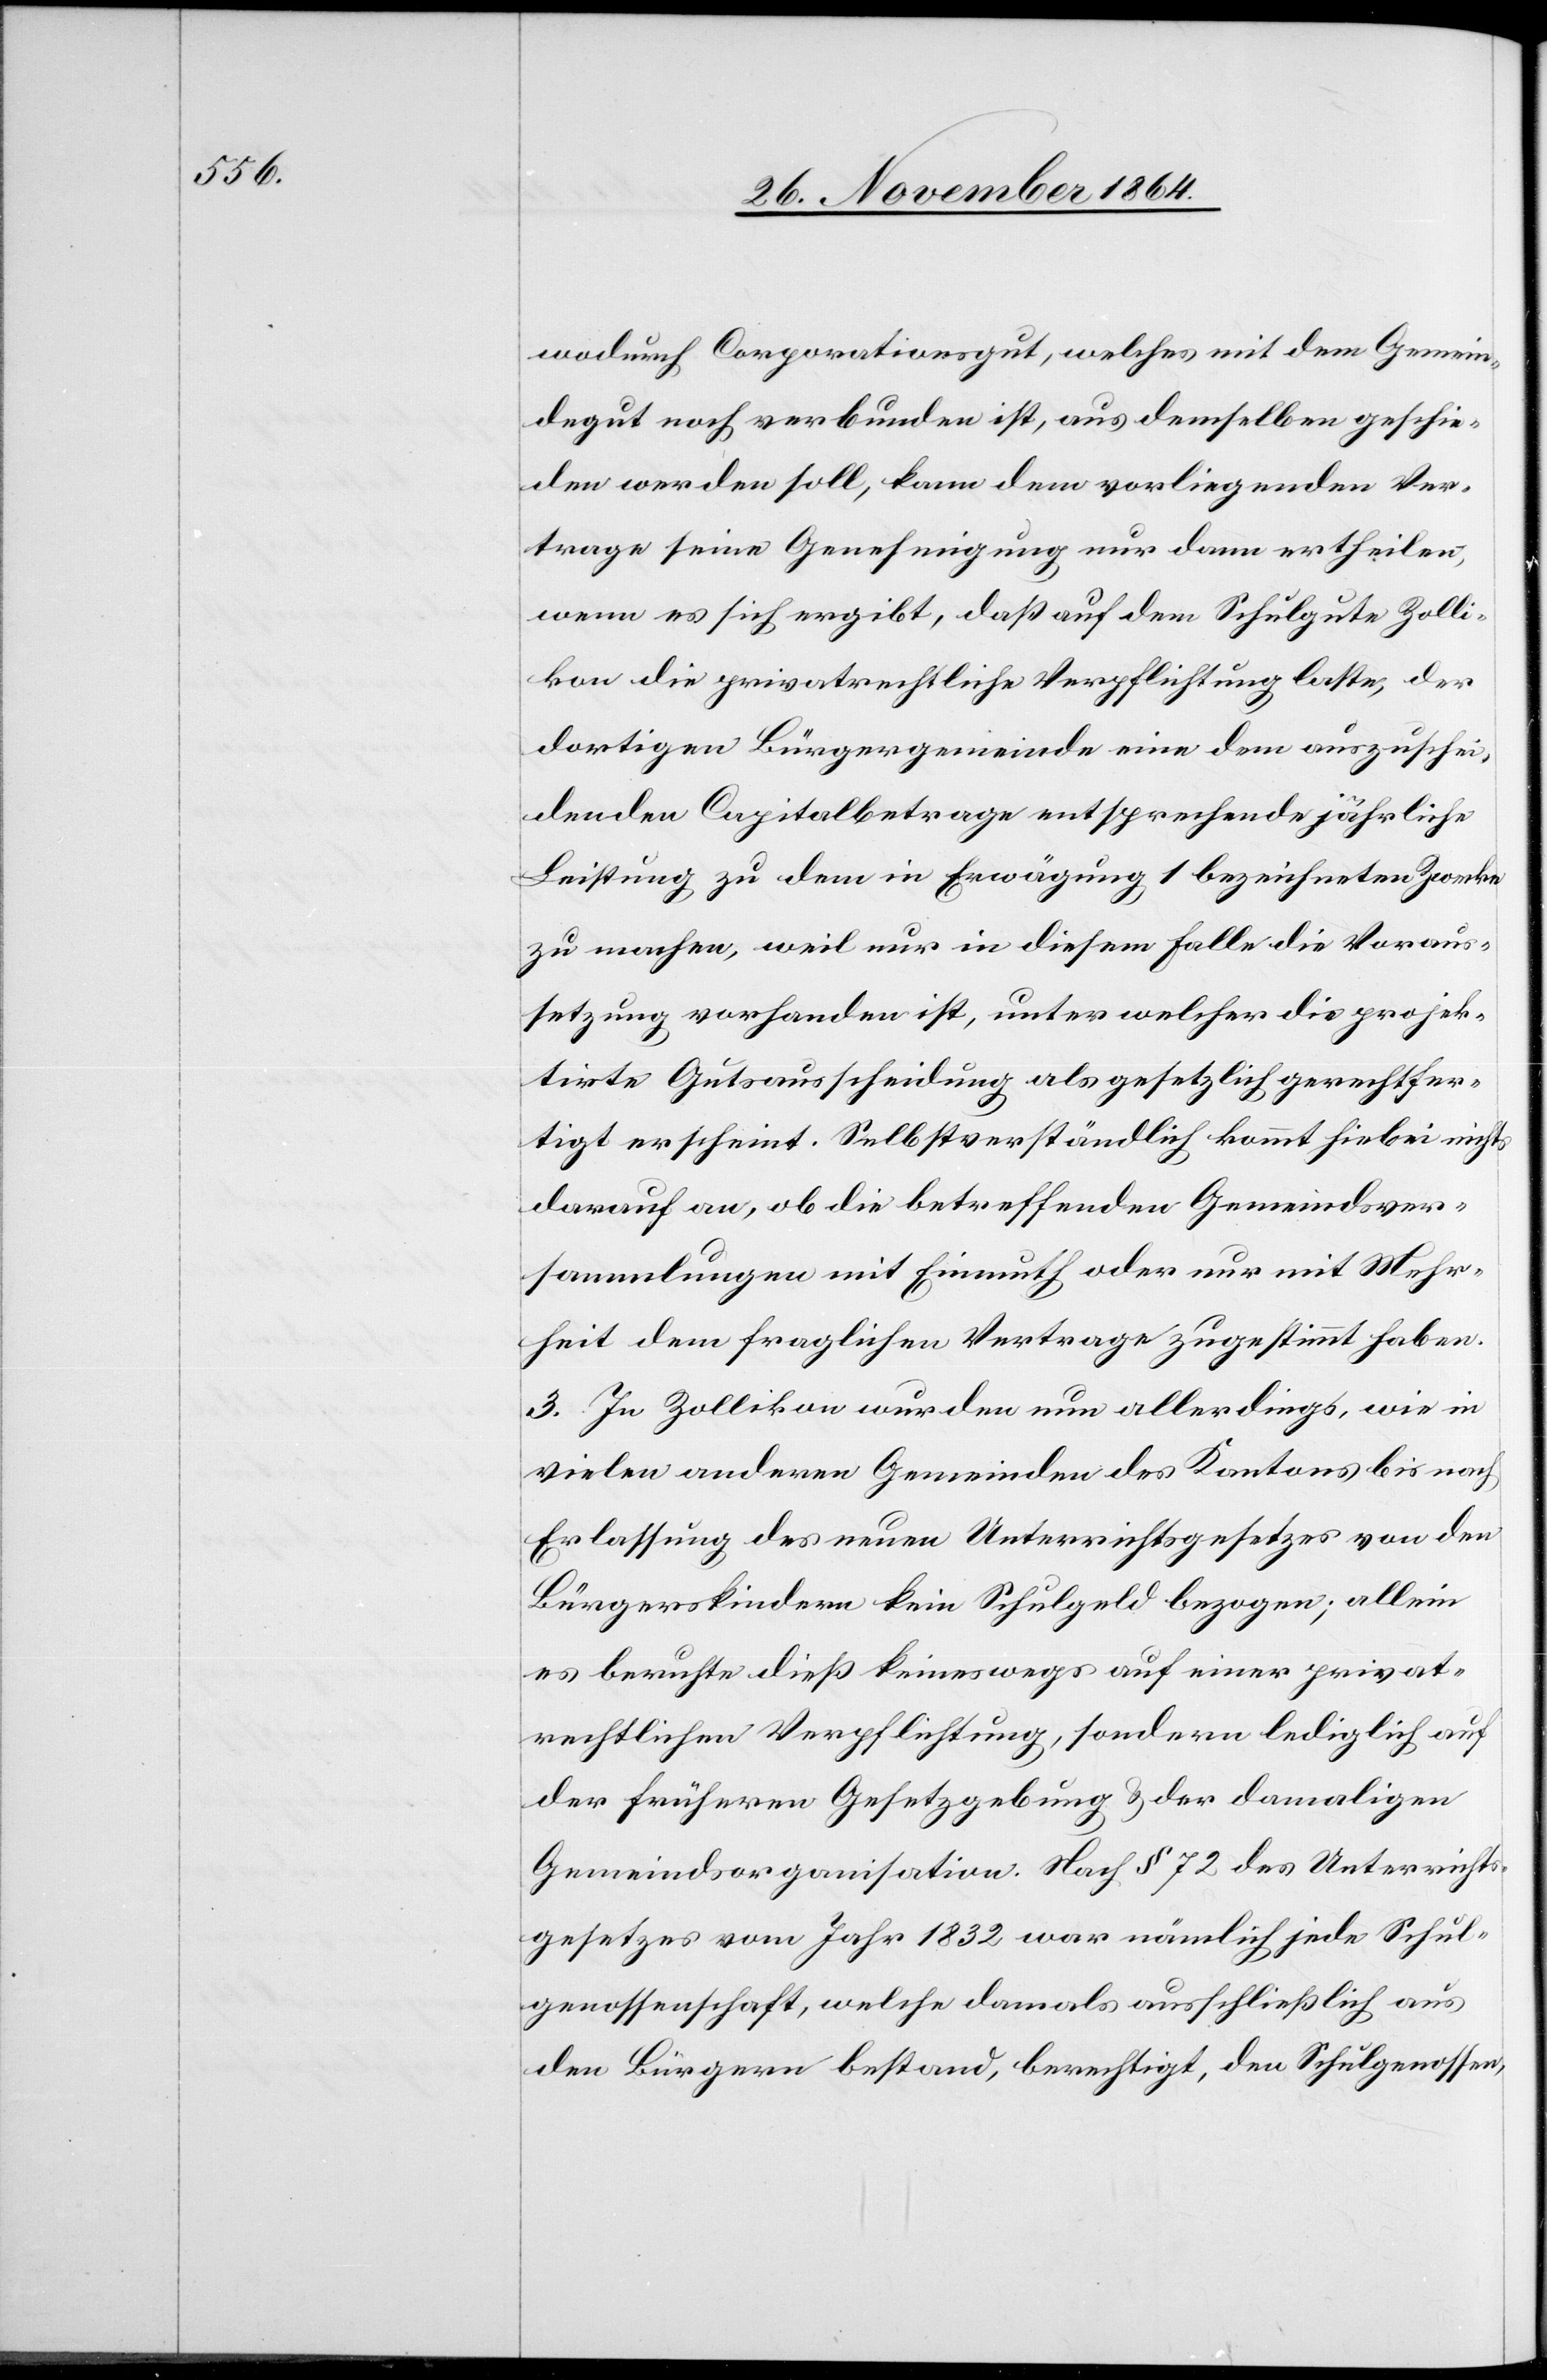
wodurch Corporationsgut, welches mit dem Gemein¬
degut noch verbunden ist, aus demselben geschie¬
den werden soll, kann dem vorliegenden Ver¬
trage seine Genehmigung nur dann ertheilen,
wenn es sich ergibt, daß auf dem Schulgute Zolli¬
kon die privatrechtliche Verpflichtung laste, der
dortigen Bürgergemeinde eine dem auszuschei¬
denden Capitalbetrage entsprechende jährliche
Leistung zu dem in Erwägung 1 bezeichneten Zwecke
zu machen, weil nur in diesem Falle die Voraus¬
setzung vorhanden ist, unter welcher die projek¬
tirte Gutsausscheidung als gesetzlich gerechtfer¬
tigt erscheint. Selbstverständlich kommt hiebei nichts
darauf an, ob die betreffenden Gemeindsver¬
sammlungen mit Einmuth oder nur mit Mehr¬
heit dem fraglichen Vertrage zugestimmt haben.
3. In Zollikon wurden nun allerdings, wie in
vielen anderen Gemeinden des Kantons bis nach
Erlassung des neuen Unterrichtsgesetzes von den
Bürgerskindern kein Schulgeld bezogen; allein
es beruhte dieß keineswegs auf einer privat¬
rechtlichen Verpflichtung, sondern lediglich auf
der frühern Gesetzgebung & der damaligen
Gemeindsorganisation. Nach § 27 des Unterrichts¬
gesetzes vom Jahr 1832 war nämlich jede Schul¬
genossenschaft, welche damals ausschließlich aus
den Bürgern bestand, berechtigt, den Schulgenossen,